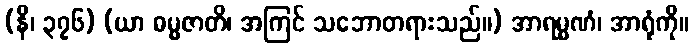
(နိ၊ ၃၇၆) (ယာ ဓမ္မဇာတိ၊ အကြင် သဘောတရားသည်။) အာရမ္မဏံ၊ အာရုံကို။